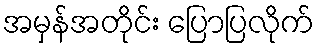
အမှန်အတိုင်း ပြောပြလိုက်